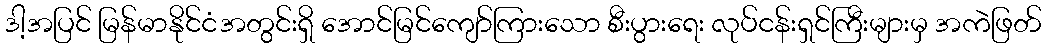
ဒါ့အပြင် မြန်မာနိုင်ငံအတွင်းရှိ အောင်မြင်ကျော်ကြားသော စီးပွားရေး လုပ်ငန်းရှင်ကြီးများမှ အကဲဖြတ်